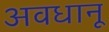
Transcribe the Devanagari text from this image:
अवधानू